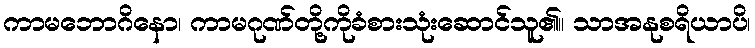
ကာမဘောဂိနော၊ ကာမဂုဏ်တို့ကိုခံစားသုံးဆောင်သူ၏။ သာအနုစရိယာပိ၊